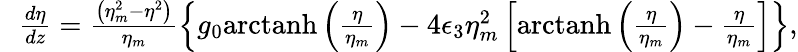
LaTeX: \begin{array}{rlr}&{}&{\! \! \! \! \! \! \! \! \frac{d\eta}{dz}=\frac{\left(\eta_{m}^{2}-\eta^{2}\right)}{\eta_{m}}\left\{ g_{0}\mathrm{arctanh}\left(\frac{\eta}{\eta_{m}}\right)-4\epsilon_{3}\eta_{m}^{2}\left[\mathrm{arctanh}\left(\frac{\eta}{\eta_{m}}\right)-\frac{\eta}{\eta_{m}}\right]\right\} ,}\end{array}